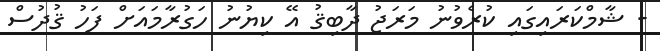
- ޝާމްކަރައިގައި ކުރެވުނު މަރަޖު ދާބިޤު އޭ ކިޔުނު ހަގުރާމައަށް ފަހު ޤުދުސް